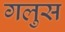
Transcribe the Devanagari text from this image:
गलुस